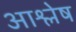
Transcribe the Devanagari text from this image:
आश्लेष